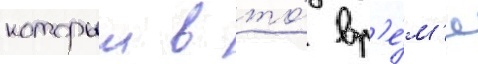
которыи в то́ вр'е́м'я